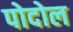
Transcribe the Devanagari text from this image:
पोदोल